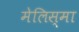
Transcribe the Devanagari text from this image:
मेलिस्मा